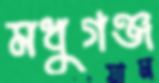
মধুগঞ্জ